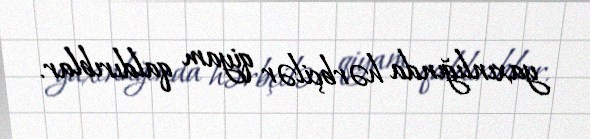
yaxınlığında hərbçilər qiyam qaldırıblar.